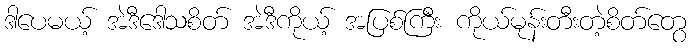
ဒါပေမယ့် အဲဒီဒေါသစိတ် အဲဒီကိုယ့် အပြစ်ကြီး ကိုယ်မုန်းတီးတဲ့စိတ်တွေ